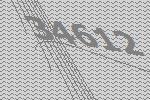
34612